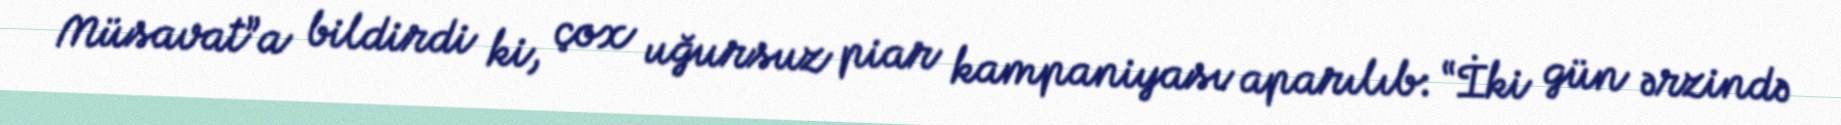
Müsavat”a bildirdi ki, çox uğursuz piar kampaniyası aparılıb: “İki gün ərzində